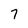
Character: 7